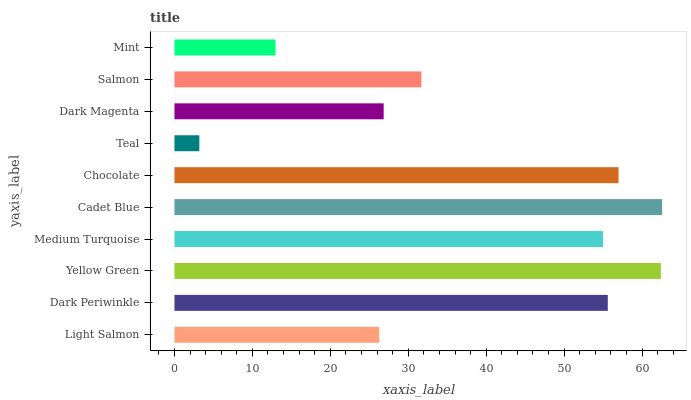
| yaxis_label | bars |
 | --- | --- |
 | Light Salmon | 26.3 |
 | Dark Periwinkle | 55.6 |
 | Yellow Green | 62.4 |
 | Medium Turquoise | 55 |
 | Cadet Blue | 62.6 |
 | Chocolate | 57 |
 | Teal | 3.19 |
 | Dark Magenta | 26.8 |
 | Salmon | 31.7 |
 | Mint | 13 |